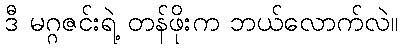
ဒီ မဂ္ဂဇင်းရဲ့ တန်ဖိုးက ဘယ်လောက်လဲ။